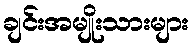
ချင်းအမျိုးသားများ